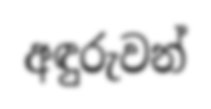
අඳුරුවන්